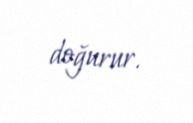
doğurur.